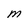
Character: M